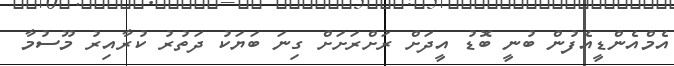
އެމްއެންޑީއެފުން ބުނީ ބޮޑު އީދަށް ރަށްރަށަށް ގިނަ ބަޔަކު ދަތުރު ކުރާއިރު މޫސުމާ